Report on vaccination in Madras 1877-1894 - 1877-1894
Year: 1877
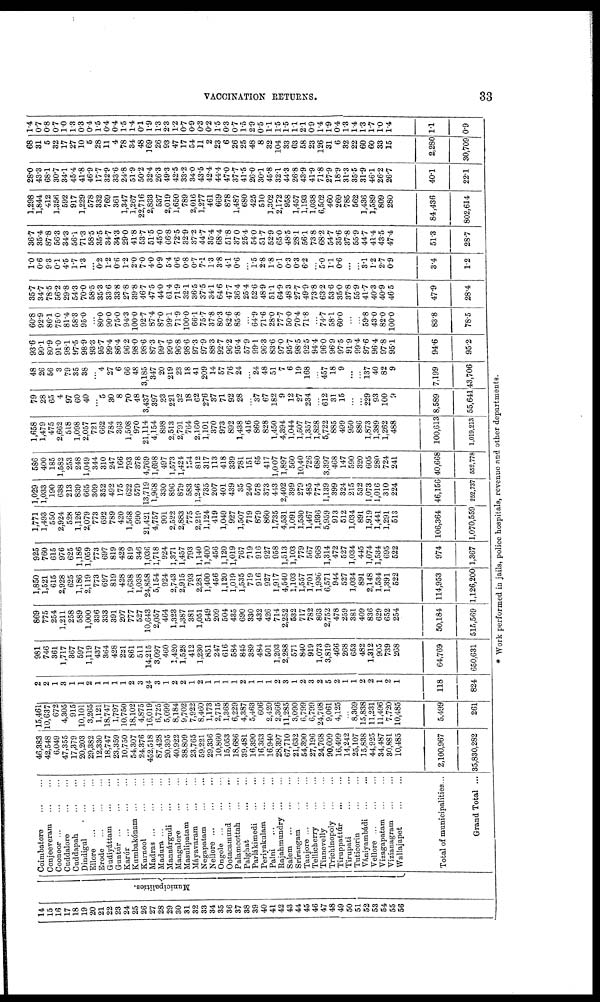
VACCINATION RETURNS.
33
14
15
16
17
18
19
20
21
22
23
24
25
26
27
28
29
30
31
32
33
34
35
36
37
38
39
40
41
42
43
44
45
46
47
48
49
50
51
52
53
54
55
56
Municipalities.
Coimbatore
...
...
Conjeeveram ... ...
Coonoor ... ... ...
Cuddalore
...
...
Cuddapah
Dindigul
...
...
Ellore
...
...
...
Erode
Gudiyáttam ... ...
Guntúr
...
...
...
Karúr
...
...
...
Kumbakónam
...
...
Kurnool ... ...
Madras
Madura
Mannárgudi
...
...
Mangalore ... ...
Masulipatam ... ...
Mayavaram
...
...
Negapatam
...
...
Nellore
...
...
...
Ongole ... ... ...
Ootacamund ... ...
Palamcottah
...
...
Palghat ... ...
Parlákimedi
...
...
Periyakulam
...
...
Palni
...
...
...
Rajahmundry
...
...
Salem
...
...
Srírangam
...
...
Tanjore
...
...
...
Tellicberry
...
...
Tinnevelly
...
...
Trichinopoly
...
...
Tiruppattúr
...
...
Tirupati
...
...
Tuticorin ... ...
Vániyambádi ...
...
Vellore
...
...
...
Vizagapatam ... ...
Vizianagram ... ...
Wallajapet
...
...
Total of municipalities...
Grand Total ...
46,383
42,548
6,049
47,355
17,379
20,203
29,382
12,330
18,747
23,359
10,750
54,307
24,376
452,518
87,428
20,395
40,922
38,809
23,765
59,221
29,336
10,860
15,053
18,686
39,481
16,390
16,363
16,940
28,397
67,710
21,632
54,390
27,196
24,768
90,609
16,499
14,242
25,107
15,838
44,925
34,487
30,881
10,485
2,100,967
35,830,282
15,461
10,637
672
4,305
915
10,101
3,265
1,121
18,747
1,797
10,750
18,102
4,875
16,019
6,725
5,099
8,184
9,702
7,922
8,460
1,173
2,715
1,368
6,229
4,387
5,463
606
2,420
2,366
11,285
3,090
6,799
6,799
24,768
9,061
4,125
...
8,369
15,838
11,231
11,496
7,720
10,485
5,499
261
2
2
1
3
1
1
2
1
1
1
1
2
3
24
3
1
2
2
1
2
1
1
1
1
2
1
1
1
2
3
1
2
3
2
5
2
1
1
2
2
1
2
1
118
824
981
746
361
1,717
367
597
1,119
437
364
428
221
861
511
14,215
3,097
460
1,420
1,528
412
1,230
851
247
616
584
845
389
484
501
1,203
2,288
571
840
919
1,073
3,819
466
268
653
482
1,312
905
739
268
64,769
650,631
869
775
254
1,211
258
589
1,000
336
333
391
207
777
527
10,643
2,057
464
1,323
1,387
381
1,051
549
209
504
435
690
330
432
426
714
2,252
532
717
782
863
2,752
478
259
381
409
836
629
652
254
50,184
515,569
1,850
1,521
615
2,928
625
1,186
2,119
773
697
819
428
1,638
1,038
24,858
5,154
924
2,743
2,915
793
2,281
1,400
456
1,120
1,019
1,535
719
916
927
1,917
4,540
1,103
1,557
1,701
1,936
6,571
944
527
1,034
891
2,148
1,534
1,391
522
114,953
1,126,200
925
760
615
976
625
1,186
1,059
773
697
819
428
819
346
1,036
1,718
924
1,371
1,457
793
1,140
1,400
456
1,120
1,019
767
719
916
927
958
1,513
1,103
779
567
968
1,314
472
527
1,034
445
1,074
1,534
695
522
974
1,771
1,493
550
2,924
528
1,126
2,079
773
692
789
420
1,568
990
21,421
4,757
901
2,522
2,883
775
2,219
1,124
419
1,049
927
1,507
719
879
860
1,735
4,531
1,091
1,530
1,467
1,936
5,959
913
512
1,034
891
1,919
1,441
1,291
513
106,364
1,367 1,070,559
1,029
1,033
190
638
213
839
665
309
352
492
175
622
579
13,719
1,968
330
896
879
583
1,246
735
207
401
439
35
240
578
373
443
2,402
399
279
485
774
1,139
399
324
215
532
1,073
1,016
310
224
46,156
252,737
586
400
185
1,582
253
248
1,049
344
310
247
166
793
378
4,769
1,698
497
1,573
1,424
154
812
317
113
418
339
781
151
65
417
1,007
1,897
560
10,40
726
680
3,397
468
147
590
320
605
280
724
241
40,668
552,778
1,658
1,479
475
2,662
518
1,098
2,057
721
662
784
363
1,508
970
21,114
4,154
898
2,513
2,791
764
2,160
1,101
370
973
892
1,438
416
860
828
1,450
4,394
1,044
1,507
1,357
1,828
5,722
885
499
950
886
1,873
1,389
1,262
488
100,613
1,019,213
79
28
65
4
97
60
40
...
5
30
8
70
48
3,437
397
23
221
32
18
62
276
37
71
92
28
...
37
67
182
9
12
27
234
...
612
31
15
...
...
229
93
100
9
8,589
55,641
48
26
56
3
79
35
38
...
4
27
6
66
48
3,185
347
20
219
23
18
41
209
14
57
76
24
...
24
48
51
7
6
19
168
...
457
18
9
...
...
137
40
82
9
7,199
43,706
93.6
99.1
80.9
91.0
98.1
97.5
98.9
93.3
95.7
99.4
86.4
96.2
98.0
98.6
87.3
99.7
99.6
96.8
98.6
97.3
97.9
88.3
92.7
96.2
95.4
57.9
99.1
96.3
83.6
97.0
95.7
98.5
92.5
94.4
96.0
96.9
97.5
91.9
99.4
97.6
96.4
97.8
95.1
94.6
95.2
60.8
92.9
86.1
75.0
81.4
58.3
95.0
...
80.0
90.0
75.0
94.3
100.0
92.7
87.4
87.0
99.1
71.9
100.0
66.1
75.7
37.8
80.3
82.6
85 8
...
64.9
71.6
28.0
77.7
50.0
70.4
71.8
...
74.7
58.1
60.0
...
...
59.8
43.0
82.0
100.0
83.8
78.5
35.7
34.7
78.5
56.2
29.8
54.3
70.0
58.5
35.3
33.6
33.8
27.8
39.8
46.7
47.5
44.0
61.4
71.9
32.1
36.5
37.5
34.1
64.6
47.7
36.4
254
52.6
48.9
51.1
64.9
48.3
27.7
49.9
73.8
63.2
53.6
35.0
37.8
55.9
41.7
40.3
40.9
46.5
47.9
28.4
1.0
0.6
9.3
0.1
4.5
1.7
1.3
...
6.2 1.2
0.6
1.2
2.0
7.0
4.0
0.9
5.4
0.6
0.8
0.7
7.1
1.3
3.8
4.1
0.6
...
1.5
2.8
1.8
0.1
0.3
0.3
6.2
...
5.0
1.1
0.6
...
...
3.l
1.2
2.7
0.9
3.4
1.2
36.7
35.4
87.8
56.3
34.3
56.1
71.3
58.5
35.5
34.7
34.3
29.0
41.8
53.7
51.5
45.0
66.8
72.5
32.9
37.2
44.7
35.4
68.4
51.8
37.0
25.4
54.0
51.7
52.9
65.0
48.5
28.1
56.1
73.8
68.2
54.7
35.6
37.8
55.9
44.7
41.4
43.5
47.4
51.3
28.7
1,298
1,844
412
1,356
592
917
1,229
578
332
769
361
1,347
1,267
22,716
2,833
537
2,019
1,650
789
2,016
1,277
461
669
878
1,487
680
425
510
1,302
2,172
958
1,457
1,193
1,038
6,502
460
269
785
562
1,436
1,589
809
280
84,436
802,614
28.0
43.3
68.1
30.7
34.1
45.4
41.8
46.9
17.7
32.9
33.6
24.8
51.9
50.2
32.4
26.3
49.3
42.5
33.2
34.0
43.5
42.4
44.4
47.0
37.7
41.5
26.0
30.1
45.8
32.1
44.3
26.8
43.9
41.9
71.8
27.9
18.9
31.3
35.5
31.9
46.1
26.2
26.7
40.1
22.1
68
31
5
32
17
27
10
5
28
11
4
78
34
48
169
26
93
47
17
54
11
2
23
6
26
25
48
8
32
104
33
63
58
23
126
31
6
32
22
60
60
33
15
2,280
30,709
1.4
0.7
0.8
0.7
1.0
1.3
0.3
0.4
1.6
0.4
0.4
1.5
1.4
0.1
1.9
1.3
2.3
1.2
0.7
0.9
0.3
0.2
1.5
0.3
0.7
1.5
2.9
0.5
1.1
1.5
1.5
1.1
2.1
0.9
1.4
1.9
0.4
1.3
1.4
1.3
1.7
1.0
1.4
1.1
0.9
* Work performed in jails, police hospitals, revenue and other departments.